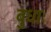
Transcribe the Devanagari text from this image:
बुधाः